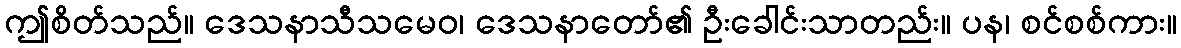
ဤစိတ်သည်။ ဒေသနာသီသမေဝ၊ ဒေသနာတော်၏ ဦးခေါင်းသာတည်း။ ပန၊ စင်စစ်ကား။